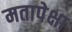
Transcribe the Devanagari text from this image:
मतापेक्षा